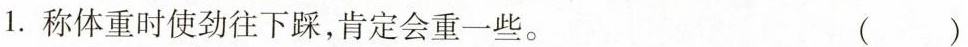
1.称体重时使劲往下踩，肯定会重一些。 ( )